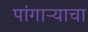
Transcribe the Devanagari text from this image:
पांगाऱ्याचा